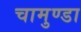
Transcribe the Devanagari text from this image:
चामुण्‍डा